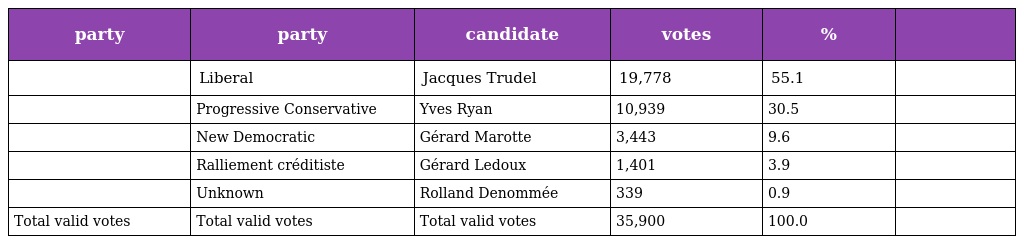
| party | party | candidate | votes | % |  |
 | --- | --- | --- | --- | --- | --- |
 |  | Liberal | Jacques Trudel | 19,778 | 55.1 |  |
 |  | Progressive Conservative | Yves Ryan | 10,939 | 30.5 |  |
 |  | New Democratic | Gérard Marotte | 3,443 | 9.6 |  |
 |  | Ralliement créditiste | Gérard Ledoux | 1,401 | 3.9 |  |
 |  | Unknown | Rolland Denommée | 339 | 0.9 |  |
 | Total valid votes | Total valid votes | Total valid votes | 35,900 | 100.0 |  |